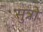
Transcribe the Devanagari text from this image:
सुत्रो